Senior Leaving Certificate Examination (including Day School Certificate (Higher) General paper), 1948
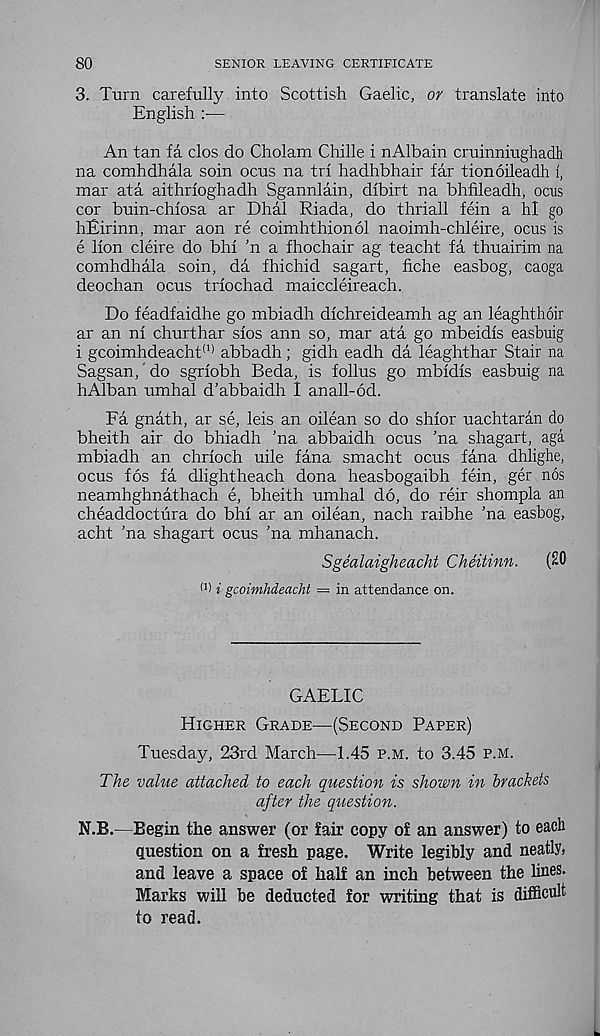
80
SENIOR LEAVING CERTIFICATE
3. Turn carefully into Scottish Gaelic, or translate into
English :—
An tan fa clos do Cholam Chille i nAlbain cruinniughadh
na comhdhala soin ocus na tri hadhbhair far tionoileadh 1,
mar ata aithrioghadh Sgannlain, dibirt na bhfileadh, ocus
cor buin-chiosa ar Dhal Riada, do thriall fein a hi go
hEirinn, mar aon re coimhthionol naoimh-chleire, ocus is
e lion cleire do bhi ’n a fhochair ag teacht fa thuairim na
comhdhala soin, da fhichid sagart, fiche easbog, caoga
deochan ocus trlochad maiccleireach.
Do feadfaidhe go mbiadh dlchreideamh ag an leaghthoir
ar an nl churthar slos ann so, mar ata go mbeidls easbuig
i gcoimhdeacht <1) abbadh; gidh eadh da leaghthar Stair na
Sagsan,' do sgriobh Beda, is follus go mbidis easbuig na
hAlban umhal d’abbaidh I anall-od.
Fa gnath, ar se, leis an oilean so do shior uachtaran do
bheith air do bhiadh 'na abbaidh ocus 'na shagart, aga
mbiadh an chrioch uile fana smacht ocus fana dhlighe,
ocus fos fa dlightheach dona heasbogaibh fein, ger nos
neamhghnathach e, bheith umhal do, do reir shompla an
cheaddoctura do bhi ar an oilean, nach raibhe ’na easbog,
acht ’na shagart ocus ’na mhanach.
Sgealaigheacht Cheitinn.
(20
W i gcoimhdeacht = in attendance on.
GAELIC
Higher Grade^—(Second Paper)
Tuesday, 23rd March—1.45 p.m. to 3.45 p.m.
The value attached to each question is shown in brackets
after the question.
N.B.—Begin the answer (or fair copy of an answer) to each
question on a fresh page. Write legibly and neatly,
and leave a space of half an inch between the lines.
Marks will be deducted for writing that is difficult
to read.